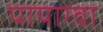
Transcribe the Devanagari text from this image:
पायाग्वा